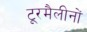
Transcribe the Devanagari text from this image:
टूरमैलीनों